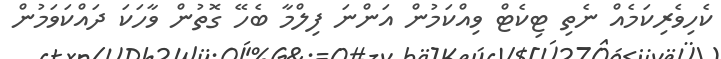
ކެހިވެރިކަމެއް ނެތި ޓިކެޓް ވިއްކަމުން އަންނަ ފިލްމާ ބެހޭ ގޮތުން ވާހަކަ ދައްކަވަމުން